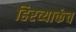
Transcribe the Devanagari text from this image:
हिरव्याकंच